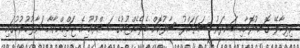
ވިލިމާލޭ ގޮނޑުދޮށާއި ބަނދަރު ސަރަހައްދު ސާފުކޮށް ބެލެހެއްޓުމުގެ މަޝްރޫއު އެ ޖަމްއިއްޔާއާ ހަވާލުކުރުމުގައި